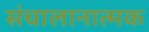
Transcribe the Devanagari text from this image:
संचालानात्मक